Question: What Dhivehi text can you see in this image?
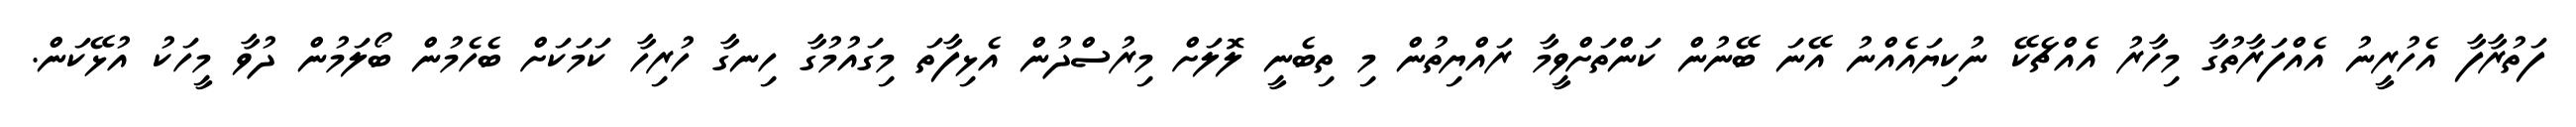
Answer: ފަތުރާފާ އެހުރީނު އެއްފަރާތުގާ މިހާރު އެއްޗެކޭ ނުކިޔައެއްނު އޭނަ ބޭނުން ކަންތަށްވީމާ ރައްޔިތުން މި ތިބެނީ ލޮލަށް މިރުސްދުން އެޅިފާތަ މިގައުމުގާ ހިނގާ ހުރިހާ ކަމަކަށް ބެހެމުން ބޯލަމުން ދުވާ މީހަކު އުޅޭކަން.